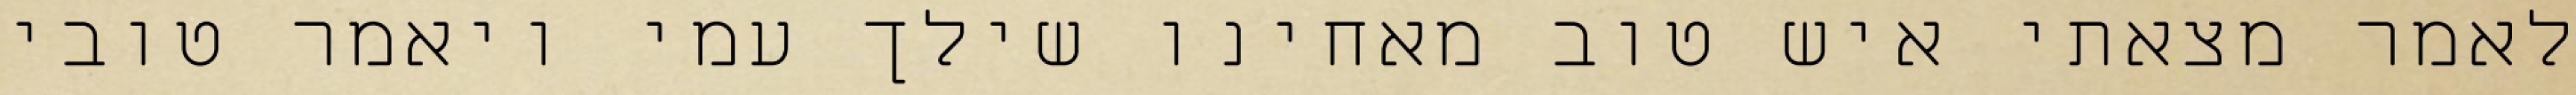
לאמר מצאתי איש טוב מאחינו שילך עמי ויאמר טובי